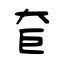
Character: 奆